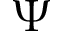
\Psi